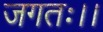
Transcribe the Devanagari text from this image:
जगतः।।